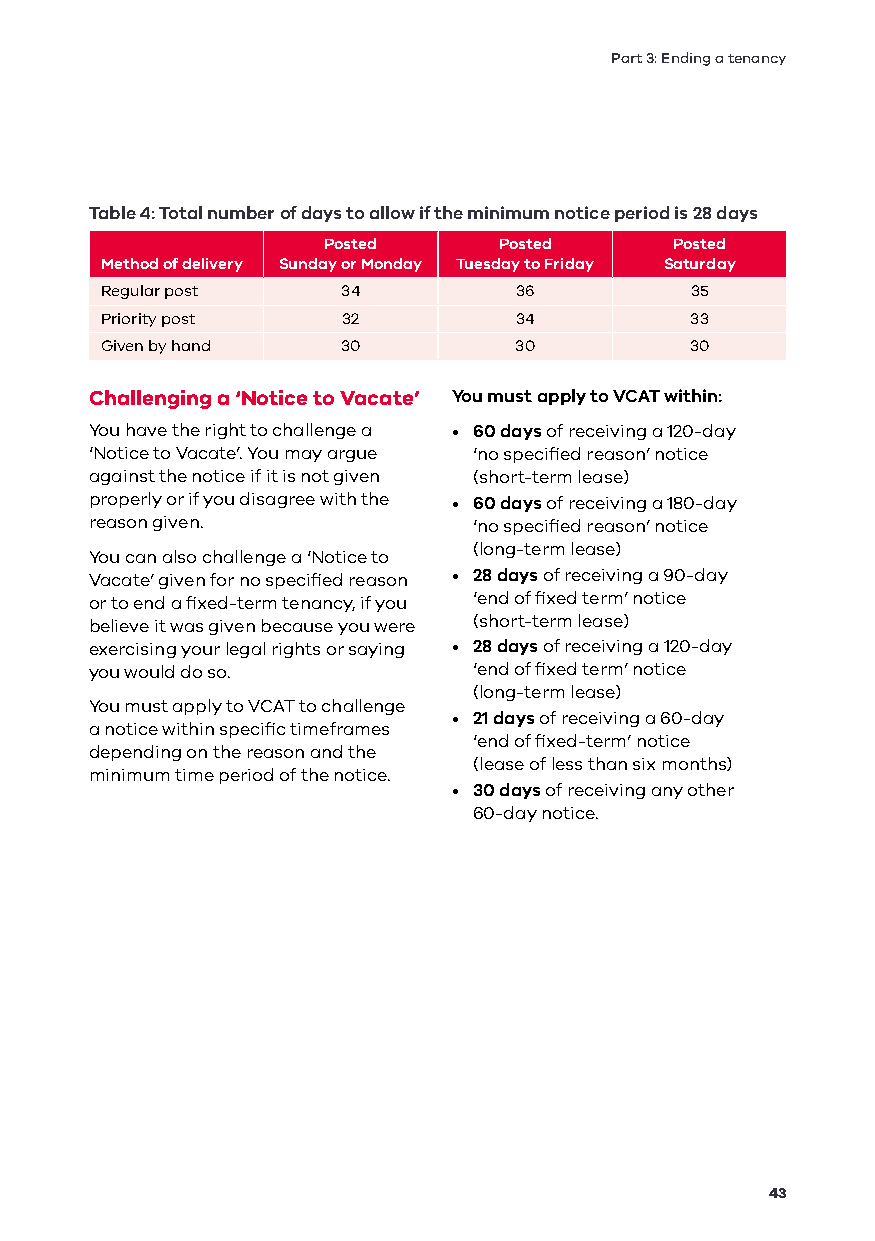
Part 3: Ending a tenancy
 Table 4: Total number of days to allow if the minimum notice period is 28 days
 Posted      Posted      Posted
 Method of delivery Sunday or Monday Tuesday to Friday Saturday
 Regular post    34         36          35
 Priority post   32         34          33
 Given by hand   30         30          30
 Challenging a ‘Notice to Vacate’ You must apply to VCAT within:
 You have the right to challenge a • 60 days of receiving a 120-day
 ‘Notice to Vacate’. You may argue ‘no specified reason’ notice
 against the notice if it is not given (short-term lease)
 properly or if you disagree with the • 60 days of receiving a 180-day
 reason given.            ‘no specified reason’ notice
 (long-term lease)
 You can also challenge a ‘Notice to
 Vacate’ given for no specified reason • 28 days of receiving a 90-day
 or to end a fixed-term tenancy, if you ‘end of fixed term’ notice
 believe it was given because you were (short-term lease)
 exercising your legal rights or saying • 28 days of receiving a 120-day
 you would do so.         ‘end of fixed term’ notice
 (long-term lease)
 You must apply to VCAT to challenge
 • 21 days of receiving a 60-day
 a notice within specific timeframes
 ‘end of fixed-term’ notice
 depending on the reason and the
 (lease of less than six months)
 minimum time period of the notice.
 • 30 days of receiving any other
 60-day notice.
 43